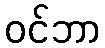
ဝင်ဘာ